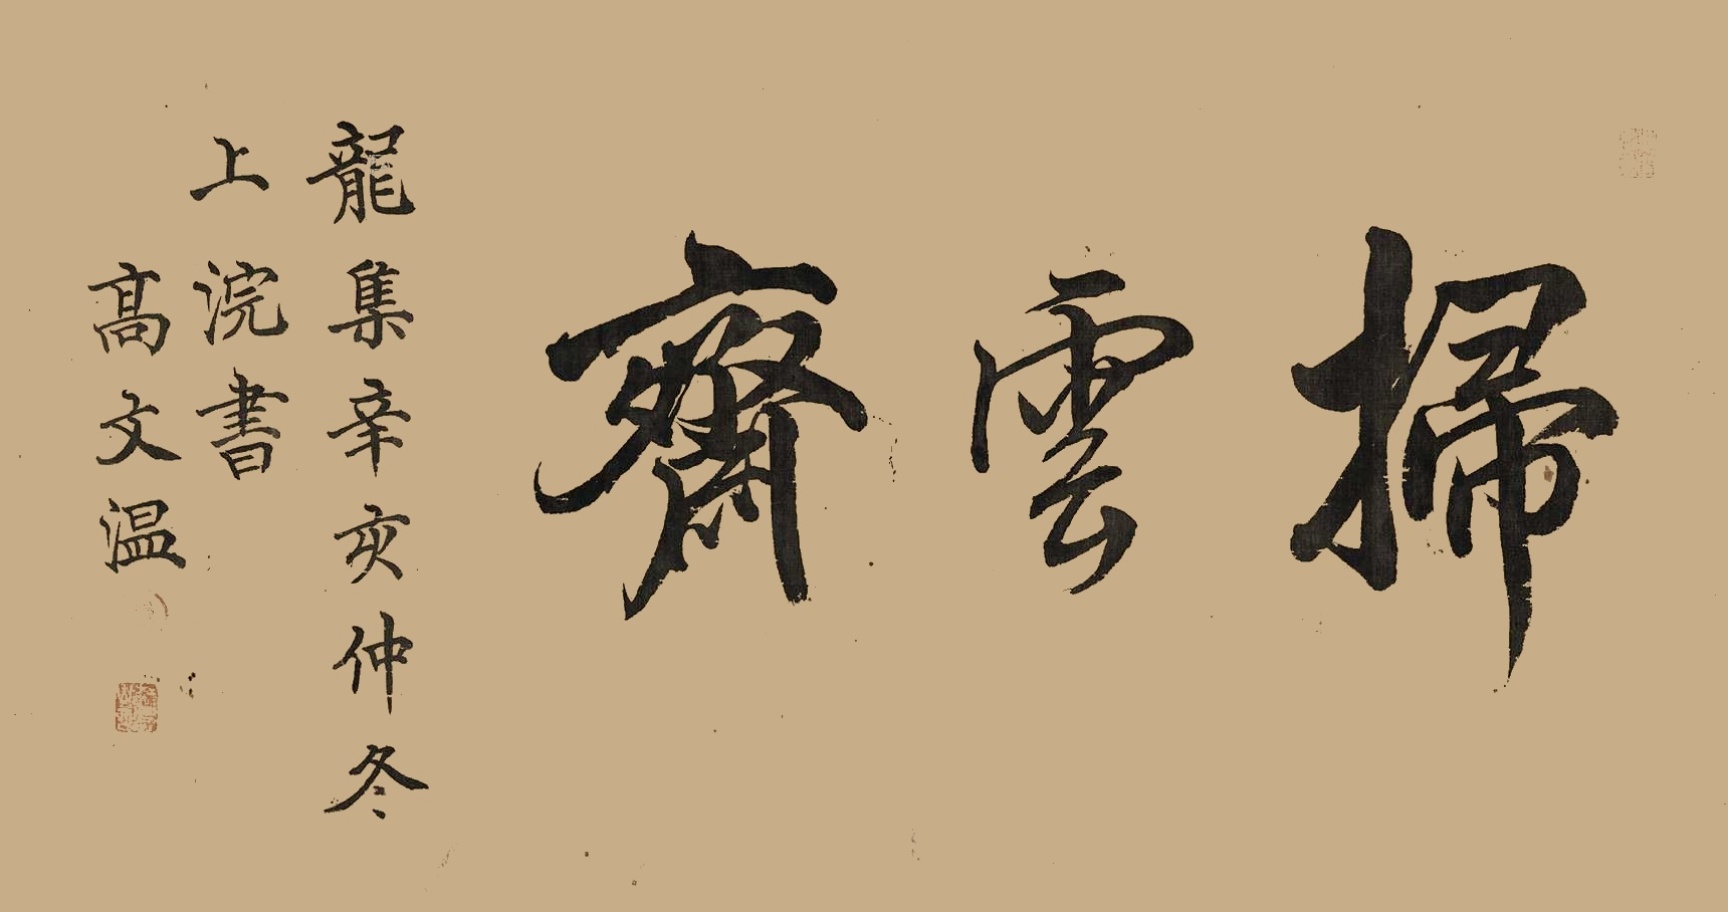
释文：扫云斋龙集辛亥仲冬上浣书。高文温。